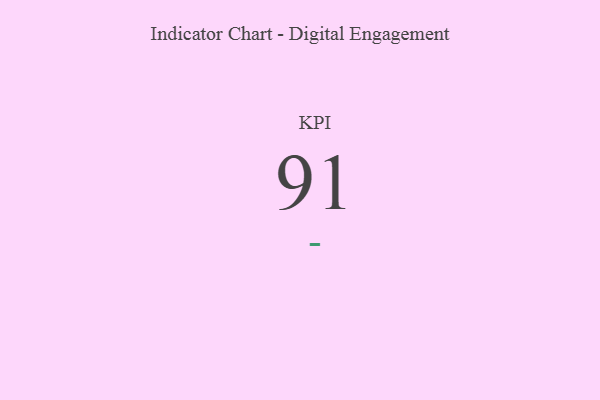
{"axis": {"x": "KPI", "y": "Value"}, "legend": [""], "data": [{"x": "KPI", "y": 91, "type": ""}]}